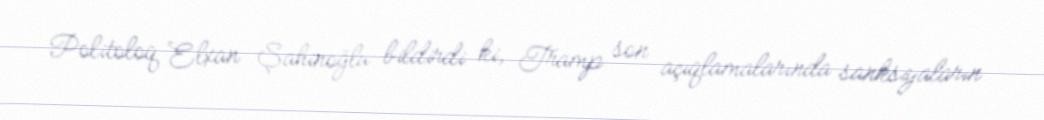
Politoloq Elxan Şahinoğlu bildirdi ki, Tramp son açıqlamalarında sanksiyaların